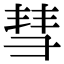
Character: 彗